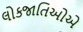
લોકજાતિઓએ